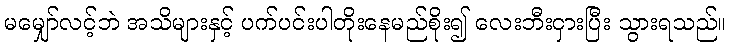
မမျှော်လင့်ဘဲ အသိများနှင့် ပက်ပင်းပါတိုးနေမည်စိုး၍ လေးဘီးငှားပြီး သွားရသည်။